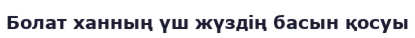
Болат ханның үш жүздің басын қосуы